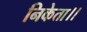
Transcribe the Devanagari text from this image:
निकेता।।